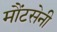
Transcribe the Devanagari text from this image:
मौंटसेनी